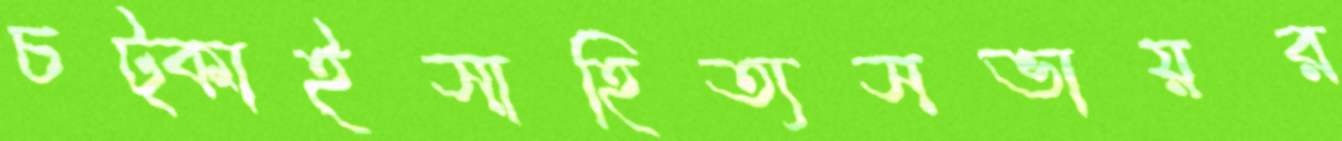
চট্‌কাইসাহিত্যসভায়র